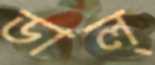
ডাল্